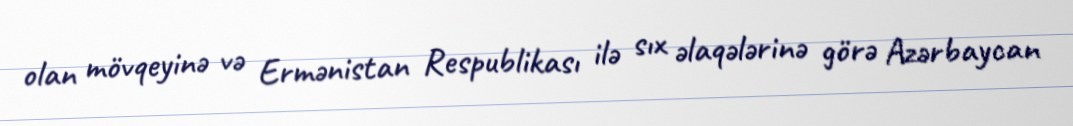
olan mövqeyinə və Ermənistan Respublikası ilə sıx əlaqələrinə görə Azərbaycan